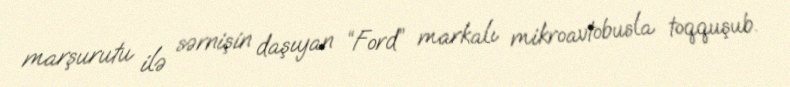
marşurutu ilə sərnişin daşıyan “Ford” markalı mikroavtobusla toqquşub.